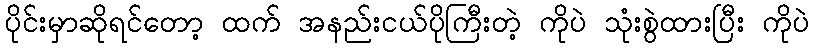
ပိုင်းမှာဆိုရင်တော့ ထက် အနည်းငယ်ပိုကြီးတဲ့ ကိုပဲ သုံးစွဲထားပြီး ကိုပဲ